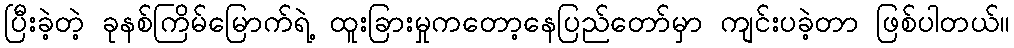
ပြီးခဲ့တဲ့ ခုနစ်ကြိမ်မြောက်ရဲ့ ထူးခြားမှုကတော့နေပြည်တော်မှာ ကျင်းပခဲ့တာ ဖြစ်ပါတယ်။